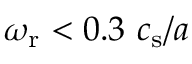
\omega _ { \mathrm { r } } < 0 . 3 \ c _ { \mathrm { s } } / a